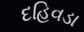
દહિવડા